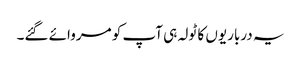
یہ درباریوں کا ٹولہ ہی آپ کو مروائے گئے۔